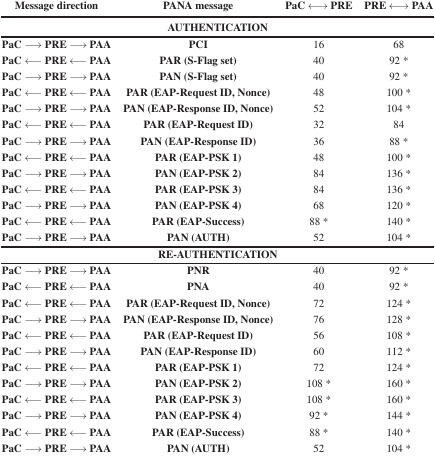
| Message direction | PANA message | PaC ↔ PRE | PRE ↔ PAA |
 | --- | --- | --- | --- |
 | <COLSPAN=4> AUTHENTICATION |
 | PaC → PRE →PAA | PCI | 16 | 68 |
 | PaC← PRE← PAA | PAR (S-Flag set) | 40 | 92 * |
 | PaC →PRE →PAA | PAN (S-Flag set) | 40 | 92 * |
 | PaC← PRE← PAA | PAR (EAP-Request ID, Nonce) | 48 | 100 * |
 | PaC →PRE →PAA | PAN (EAP-Response ID, Nonce) | 52 | 104 * |
 | PaC← PRE← PAA | PAR (EAP-Request ID) | 32 | 84 |
 | PaC →PRE →PAA | PAN (EAP-Response ID) | 36 | 88 * |
 | PaC← PRE← PAA | PAR (EAP-PSK 1) | 48 | 100 * |
 | PaC →PRE →PAA | PAN (EAP-PSK 2) | 84 | 136 * |
 | PaC← PRE← PAA | PAR (EAP-PSK 3) | 84 | 136 * |
 | PaC →PRE →PAA | PAN (EAP-PSK 4) | 68 | 120 * |
 | PaC← PRE← PAA | PAR (EAP-Success) | 88 * | 140 * |
 | PaC → PRE →PAA | PAN (AUTH) | 52 | 104 * |
 | <COLSPAN=4> RE-AUTHENTICATION |
 | PaC → PRE →PAA | PNR | 40 | 92 * |
 | PaC← PRE← PAA | PNA | 40 | 92 * |
 | PaC ← PRE← PAA | PAR (EAP-Request ID, Nonce) | 72 | 124 * |
 | PaC → PRE →PAA | PAN (EAP-Response ID, Nonce) | 76 | 128 * |
 | PaC ← PRE← PAA | PAR (EAP-Request ID) | 56 | 108 * |
 | PaC → PRE →PAA | PAN (EAP-Response ID) | 60 | 112 * |
 | PaC← PRE← PAA | PAR (EAP-PSK 1) | 72 | 124 * |
 | PaC → PRE →PAA | PAN (EAP-PSK 2) | 108 * | 160 * |
 | PaC ← PRE← PAA | PAR (EAP-PSK 3) | 108 * | 160 * |
 | PaC → PRE →PAA | PAN (EAP-PSK 4) | 92 * | 144 * |
 | PaC ← PRE← PAA | PAR (EAP-Success) | 88 * | 140 * |
 | PaC → PRE →PAA | PAN (AUTH) | 52 | 104 * |